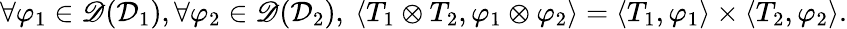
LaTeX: \begin{array}{r}{\forall\varphi_{1}\in\mathscr{D}(\mathcal{D}_{1}),\forall\varphi_{2}\in\mathscr{D}(\mathcal{D}_{2}),\ \langle T_{1}\otimes T_{2},\varphi_{1}\otimes\varphi_{2}\rangle=\langle T_{1},\varphi_{1}\rangle\times\langle T_{2},\varphi_{2}\rangle.}\end{array}